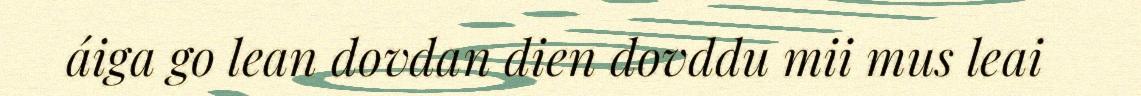
áiga go lean dovdan dien dovddu mii mus leai